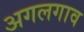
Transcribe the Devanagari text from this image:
अगलगाव